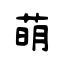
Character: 萌